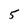
Character: 5